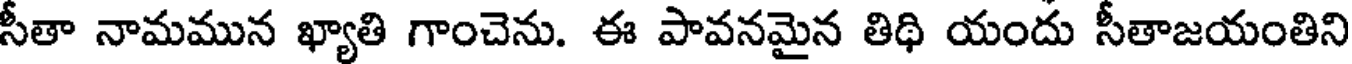
సీతా నామమున ఖ్యాతి గాంచెను. ఈ పావనమైన తిథి యందు సీతాజయంతిని